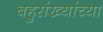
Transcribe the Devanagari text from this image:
बहुसंख्यांच्या